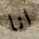
انا